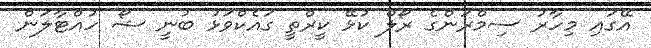
އޭގައި މިހާރު ސިމްރަންގެ ރޯލް ކުޅޭ ކީރްތީ ގައެކްވަޅު ބުނީ ޝޯ ހުއްޓާލަން